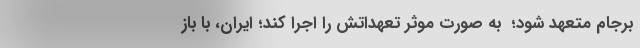
برجام متعهد شود؛  به صورت موثر تعهداتش را اجرا کند؛ ایران، با باز